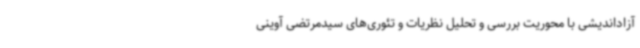
آزاداندیشی با محوریت بررسی و تحلیل نظریات و تئوری‌های سیدمرتضی آوینی